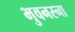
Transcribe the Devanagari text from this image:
भुवनस्ना